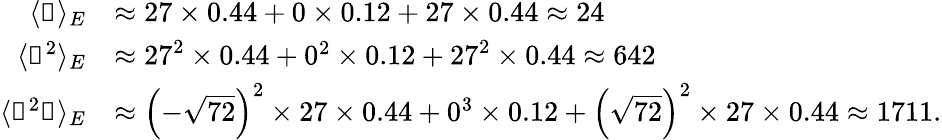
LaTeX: \begin{array}{rl}{\langle\mathscr{z}\rangle_{E}}&{\approx 27\times 0.44+0\times 0.12+27\times 0.44\approx 24}\\ {\langle\mathscr{z}^{2}\rangle_{E}}&{\approx 27^{2}\times 0.44+0^{2}\times 0.12+27^{2}\times 0.44\approx 642}\\ {\langle\mathscr{x}^{2}\mathscr{z}\rangle_{E}}&{\approx\left(-\sqrt{72}\right)^{2}\times 27\times 0.44+0^{3}\times 0.12+\left(\sqrt{72}\right)^{2}\times 27\times 0.44\approx 1711.}\end{array}